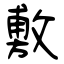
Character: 敷